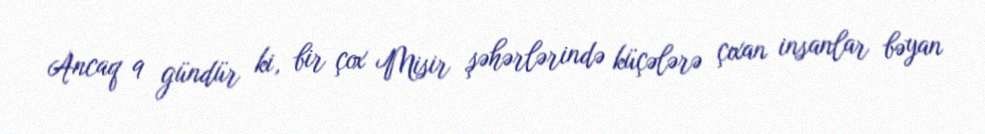
Ancaq 9 gündür ki, bir çox Misir şəhərlərində küçələrə çıxan insanlar bəyan